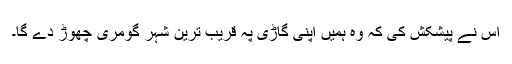
اس نے پیشکش کی کہ وہ ہمیں اپنی گاڑی پہ قریب ترین شہر گومری چھوڑ دے گا۔